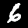
Label: 6